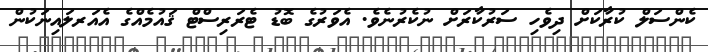
ކެންސަލް ކުރާކަށް ދިވެހި ސަރުކާރަށް ނުކެރުނެވެ. އެވަރުގެ ބޮޑު ޓެރަރިސްޓް ޤައުމެއްގެ އެއަރލައިނަކުން